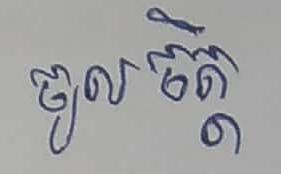
ចូលចិត្ត